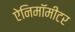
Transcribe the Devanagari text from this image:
ऐनिमॉमीटर